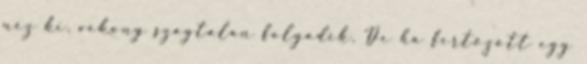
néz ki, vékony szagtalan folyadék. De ha fertőzött egy